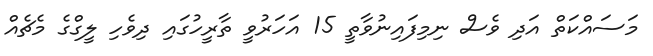
މަސައްކަތް އަދި ވެސް ނިމިފައިނުވާތީ 15 އަހަރުވީ ތާރީހުގައި ދިވެހި ލީގްގެ މެޗެއް